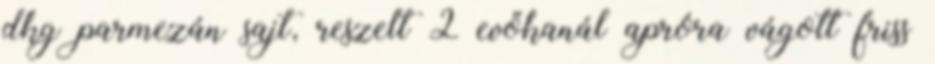
dkg parmezán sajt, reszelt 2 evőkanál apróra vágott friss